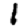
Digit: 1